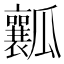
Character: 瓤